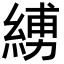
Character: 𦂪